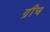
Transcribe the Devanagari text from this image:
ग्रींच